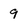
Character: 9